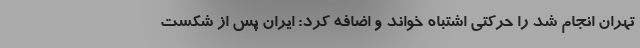
تهران انجام شد را حرکتی اشتباه خواند و اضافه کرد: ایران پس از شکست